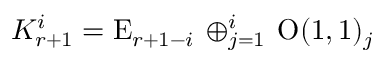
K _ { r + 1 } ^ { i } = \mathrm { E } _ { r + 1 - i } \, \oplus _ { j = 1 } ^ { i } \, \mathrm { O } ( 1 , 1 ) _ { j }